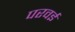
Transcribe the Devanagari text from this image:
परवई